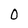
Character: 0